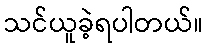
သင်ယူခဲ့ရပါတယ်။